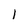
Character: l